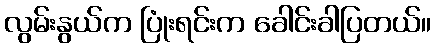
လွမ်းနွယ်က ပြုံးရင်းက ခေါင်းခါပြတယ်။